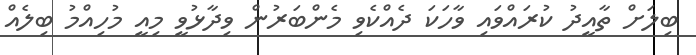
ބިލަށް ތާއީދު ކުރައްވައި ވާހަކަ ދެއްކެވި މެންބަރުން ވިދާޅުވީ މިއީ މުހިއްމު ބިލެއް